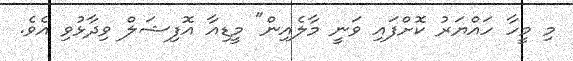
މި މީހާ ހައްޔަރު ކޮށްފައި ވަނީ މާލެއިން" މީޑިއާ އޮފިޝަލް ވިދާޅުވި އެވެ.